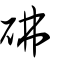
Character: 砩